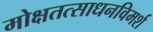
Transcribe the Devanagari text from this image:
मोक्षतत्साधनविमर्श